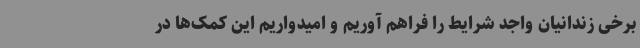
برخی زندانیان واجد شرایط را فراهم آوریم و امیدواریم این کمک‌ها در